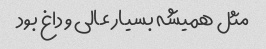
مثل همیشه بسیار عالی و داغ بود